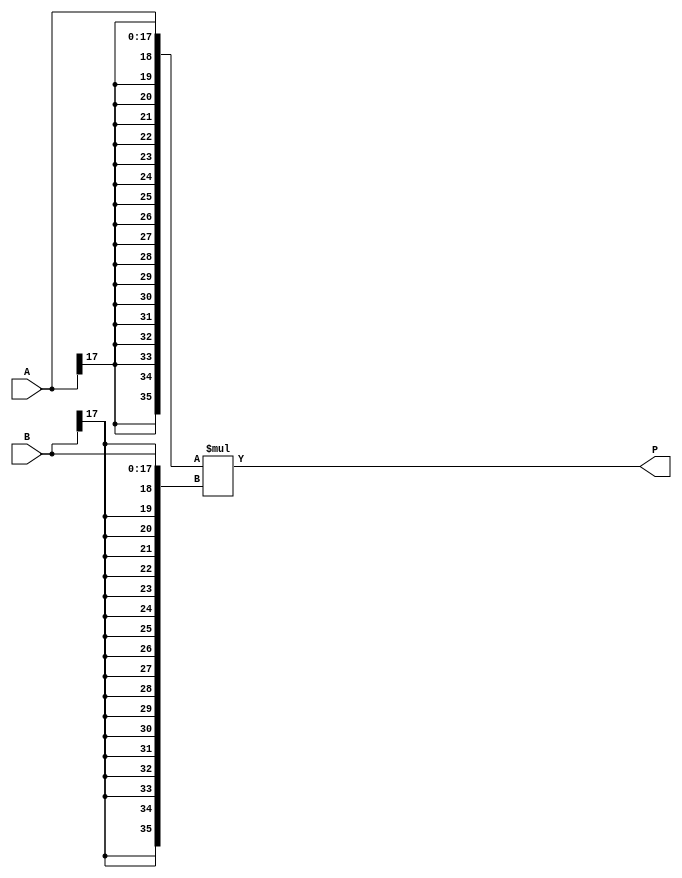
// $Header: /devl/xcs/repo/env/Databases/CAEInterfaces/verunilibs/data/unisims/MULT18X18.v,v 1.9 2006/02/08 23:28:02 fphillip Exp $
///////////////////////////////////////////////////////////////////////////////
// Copyright (c) 1995/2004 Xilinx, Inc.
// All Right Reserved.
///////////////////////////////////////////////////////////////////////////////
//   ____  ____
//  /   /\/   /
// /___/  \  /    Vendor : Xilinx
// \   \   \/     Version : 10.1
//  \   \         Description : Xilinx Functional Simulation Library Component
//  /   /                  18X18 Signed Multiplier
// /___/   /\     Filename : MULT18X18.v
// \   \  /  \    Timestamp : Thu Mar 25 16:42:54 PST 2004
//  \___\/\___\
//
// Revision:
//    03/23/04 - Initial version.
//    02/08/06 - Reversed from I.26 to H.42 model -- CR 224617
// End Revision

`timescale  1 ps / 1 ps

module MULT18X18 (P, A, B);

    output [35:0] P;

    input  [17:0] A;
    input  [17:0] B;

    wire [35:0] a_in, b_in;
    reg [35:0] p_out;
    wire p0_out, p1_out, p2_out, p3_out, p4_out, p5_out, p6_out, p7_out, p8_out, p9_out, p10_out, p11_out, p12_out, p13_out, p14_out, p15_out, p16_out, p17_out, p18_out, p19_out, p20_out, p21_out, p22_out, p23_out, p24_out, p25_out, p26_out, p27_out, p28_out, p29_out, p30_out, p31_out, p32_out, p33_out, p34_out, p35_out;

    buf A0 (a_in[0], A[0]);
    buf A1 (a_in[1], A[1]);
    buf A2 (a_in[2], A[2]);
    buf A3 (a_in[3], A[3]);
    buf A4 (a_in[4], A[4]);
    buf A5 (a_in[5], A[5]);
    buf A6 (a_in[6], A[6]);
    buf A7 (a_in[7], A[7]);
    buf A8 (a_in[8], A[8]);
    buf A9 (a_in[9], A[9]);
    buf A10 (a_in[10], A[10]);
    buf A11 (a_in[11], A[11]);
    buf A12 (a_in[12], A[12]);
    buf A13 (a_in[13], A[13]);
    buf A14 (a_in[14], A[14]);
    buf A15 (a_in[15], A[15]);
    buf A16 (a_in[16], A[16]);
    buf A17 (a_in[17], A[17]);
    buf A18 (a_in[18], A[17]);
    buf A19 (a_in[19], A[17]);
    buf A20 (a_in[20], A[17]);
    buf A21 (a_in[21], A[17]);
    buf A22 (a_in[22], A[17]);
    buf A23 (a_in[23], A[17]);
    buf A24 (a_in[24], A[17]);
    buf A25 (a_in[25], A[17]);
    buf A26 (a_in[26], A[17]);
    buf A27 (a_in[27], A[17]);
    buf A28 (a_in[28], A[17]);
    buf A29 (a_in[29], A[17]);
    buf A30 (a_in[30], A[17]);
    buf A31 (a_in[31], A[17]);
    buf A32 (a_in[32], A[17]);
    buf A33 (a_in[33], A[17]);
    buf A34 (a_in[34], A[17]);
    buf A35 (a_in[35], A[17]);
    buf B0 (b_in[0], B[0]);
    buf B1 (b_in[1], B[1]);
    buf B2 (b_in[2], B[2]);
    buf B3 (b_in[3], B[3]);
    buf B4 (b_in[4], B[4]);
    buf B5 (b_in[5], B[5]);
    buf B6 (b_in[6], B[6]);
    buf B7 (b_in[7], B[7]);
    buf B8 (b_in[8], B[8]);
    buf B9 (b_in[9], B[9]);
    buf B10 (b_in[10], B[10]);
    buf B11 (b_in[11], B[11]);
    buf B12 (b_in[12], B[12]);
    buf B13 (b_in[13], B[13]);
    buf B14 (b_in[14], B[14]);
    buf B15 (b_in[15], B[15]);
    buf B16 (b_in[16], B[16]);
    buf B17 (b_in[17], B[17]);
    buf B18 (b_in[18], B[17]);
    buf B19 (b_in[19], B[17]);
    buf B20 (b_in[20], B[17]);
    buf B21 (b_in[21], B[17]);
    buf B22 (b_in[22], B[17]);
    buf B23 (b_in[23], B[17]);
    buf B24 (b_in[24], B[17]);
    buf B25 (b_in[25], B[17]);
    buf B26 (b_in[26], B[17]);
    buf B27 (b_in[27], B[17]);
    buf B28 (b_in[28], B[17]);
    buf B29 (b_in[29], B[17]);
    buf B30 (b_in[30], B[17]);
    buf B31 (b_in[31], B[17]);
    buf B32 (b_in[32], B[17]);
    buf B33 (b_in[33], B[17]);
    buf B34 (b_in[34], B[17]);
    buf B35 (b_in[35], B[17]);
    buf P0 (P[0], p0_out);
    buf P1 (P[1], p1_out);
    buf P2 (P[2], p2_out);
    buf P3 (P[3], p3_out);
    buf P4 (P[4], p4_out);
    buf P5 (P[5], p5_out);
    buf P6 (P[6], p6_out);
    buf P7 (P[7], p7_out);
    buf P8 (P[8], p8_out);
    buf P9 (P[9], p9_out);
    buf P10 (P[10], p10_out);
    buf P11 (P[11], p11_out);
    buf P12 (P[12], p12_out);
    buf P13 (P[13], p13_out);
    buf P14 (P[14], p14_out);
    buf P15 (P[15], p15_out);
    buf P16 (P[16], p16_out);
    buf P17 (P[17], p17_out);
    buf P18 (P[18], p18_out);
    buf P19 (P[19], p19_out);
    buf P20 (P[20], p20_out);
    buf P21 (P[21], p21_out);
    buf P22 (P[22], p22_out);
    buf P23 (P[23], p23_out);
    buf P24 (P[24], p24_out);
    buf P25 (P[25], p25_out);
    buf P26 (P[26], p26_out);
    buf P27 (P[27], p27_out);
    buf P28 (P[28], p28_out);
    buf P29 (P[29], p29_out);
    buf P30 (P[30], p30_out);
    buf P31 (P[31], p31_out);
    buf P32 (P[32], p32_out);
    buf P33 (P[33], p33_out);
    buf P34 (P[34], p34_out);
    buf P35 (P[35], p35_out);

    assign {p35_out, p34_out, p33_out, p32_out, p31_out, p30_out, p29_out, p28_out, p27_out, p26_out, p25_out, p24_out, p23_out, p22_out, p21_out, p20_out, p19_out, p18_out, p17_out, p16_out, p15_out, p14_out, p13_out, p12_out, p11_out, p10_out, p9_out, p8_out, p7_out, p6_out, p5_out, p4_out, p3_out, p2_out, p1_out, p0_out} = a_in * b_in;

endmodule